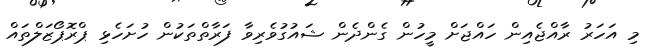
މި އަހަރު ރާއްޖެއިން ހައްޖަށް މީހުން ގެންދެން ޝައުގުވެރިވާ ފަރާތްތަކުން ހުށަހެޅި ޕްރޮޕޯޒަލްތައް